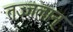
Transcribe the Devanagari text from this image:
तज्जलान्